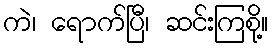
ကဲ၊ ရောက်ပြီ၊ ဆင်းကြစို့။